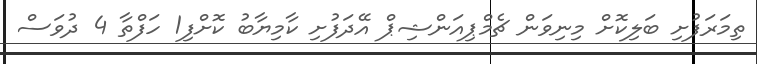
ތިމަރަފުށި ބަލިކޮށް މިނިވަން ޗެމްޕިއަންޝިޕް އޭދަފުށި ކާމިޔާބު ކޮށްފި1 ހަފްތާ 4 ދުވަސް